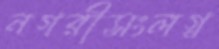
নগরীসংলগ্ন